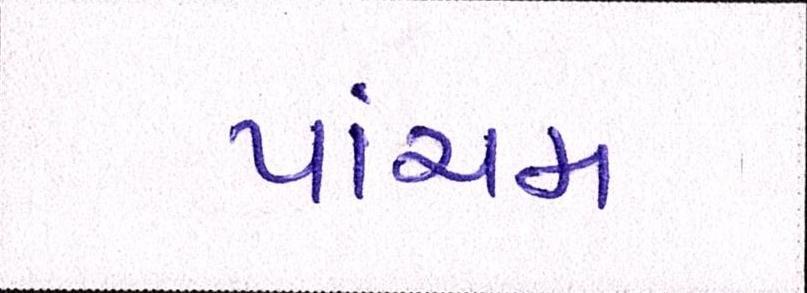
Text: પાંચમ